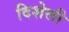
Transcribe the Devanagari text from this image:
दिशेली